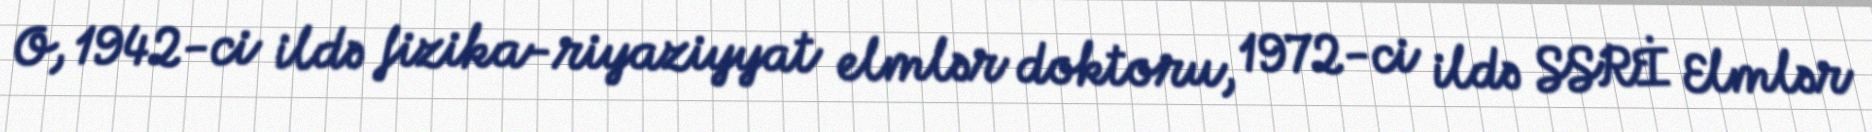
O, 1942-ci ildə fizika-riyaziyyat elmlər doktoru, 1972-ci ildə SSRİ Elmlər